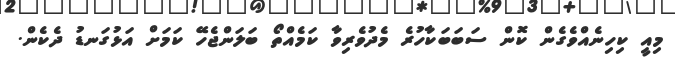
މިއީ ކިހިނެއްވެގެން ކޮން ސަބަބަކާހުރެ މެދުވެރިވާ ކަމެއްތޯ ބަލަންޖެހޭ ކަމަށް އަޅުގަނޑު ދެކެން.